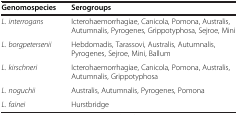
| Genomospecies | Serogroups |
 | --- | --- |
 | L. interrogans | Icterohaemorrhagiae, Canicola, Pomona, Australis, Autumnalis, Pyrogenes, Grippotyphosa, Sejroe, Mini |
 | L. borgpetersenii | Hebdomadis, Tarassovi, Australis, Autumnalis, Pyrogenes, Sejroe, Mini, Ballum |
 | L. kirschneri | Icterohaemorrhagiae, Canicola, Pomona, Australis, Autumnalis, Grippotyphosa |
 | L. noguchii | Australis, Autumnalis, Pyrogenes, Pomona |
 | L. fainei | Hurstbridge |